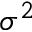
\sigma ^ { 2 }